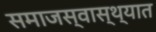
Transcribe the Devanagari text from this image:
समाजस्वास्थ्यात